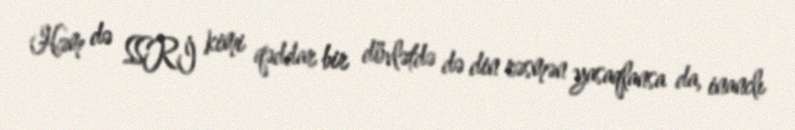
Həm də SSRİ kimi qəddar bir dövlətdə də din rəsmən yasaqlansa da, inanclı